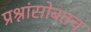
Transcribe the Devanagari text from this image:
प्रश्नांसोबतच